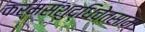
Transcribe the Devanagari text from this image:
कर्मसंशुद्धिचेतसाम्